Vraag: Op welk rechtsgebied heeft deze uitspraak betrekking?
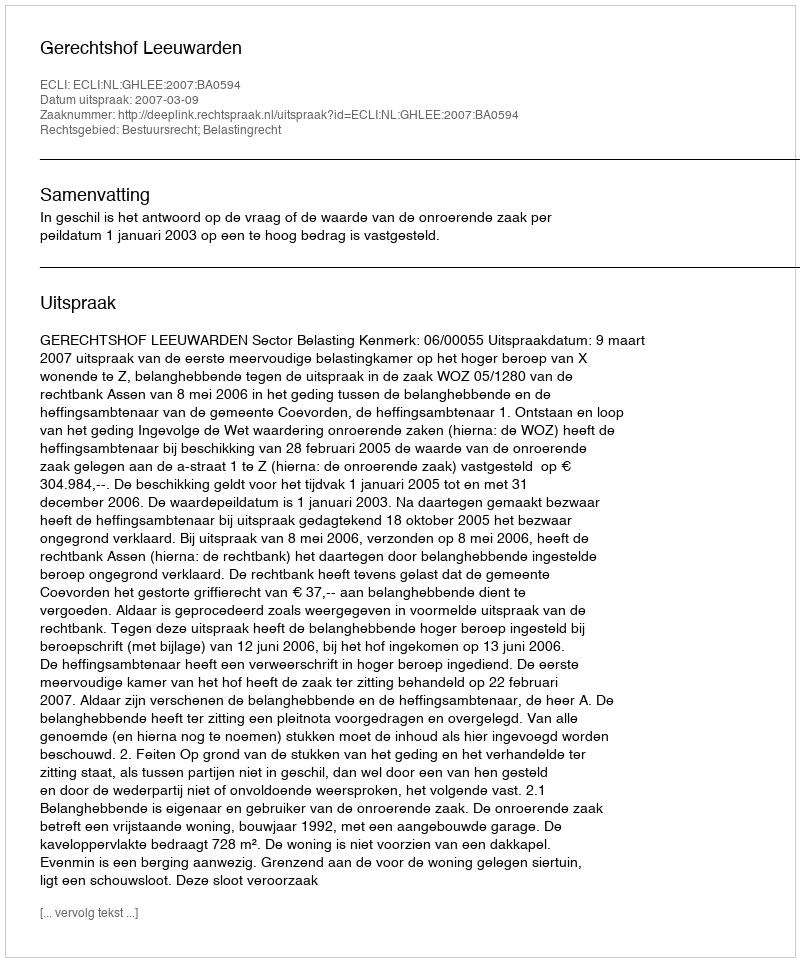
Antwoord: Bestuursrecht; Belastingrecht